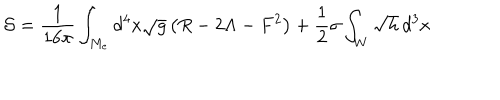
LaTeX: { \cal S } = \frac { 1 } { 1 6 \pi } \int _ { M _ { e } } d ^ { 4 } x \sqrt { g } \left( R - 2 \Lambda - F ^ { 2 } \right) + \frac { 1 } { 2 } \sigma \int _ { W } \sqrt { h } \, d ^ { 3 } x